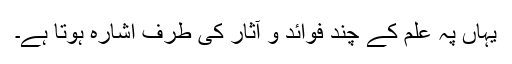
یہاں پہ علم کے چند فوائد و آثار کی طرف اشارہ ہوتا ہے۔